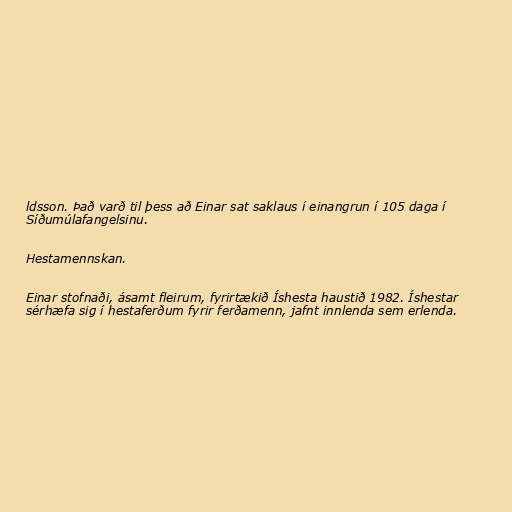
ldsson. Það varð til þess að Einar sat saklaus í einangrun í 105 daga í
Síðumúlafangelsinu.

Hestamennskan.

Einar stofnaði, ásamt fleirum, fyrirtækið Íshesta haustið 1982. Íshestar
sérhæfa sig í hestaferðum fyrir ferðamenn, jafnt innlenda sem erlenda.